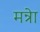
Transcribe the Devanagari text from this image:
मन्रेा